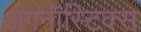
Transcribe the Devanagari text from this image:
अगनॉस्टिक्स